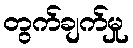
တွက်ချက်မှု